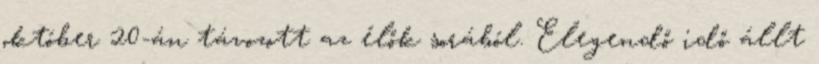
október 20-án távozott az élők sorából. Elegendő idő állt